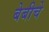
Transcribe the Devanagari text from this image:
बेबीचे